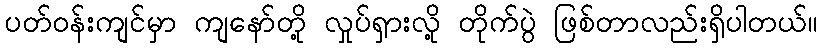
ပတ်ဝန်းကျင်မှာ ကျနော်တို့ လှုပ်ရှားလို့ တိုက်ပွဲ ဖြစ်တာလည်းရှိပါတယ်။